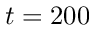
t = 2 0 0